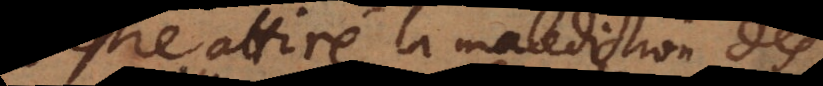
s’estre attiré la malediction des